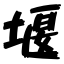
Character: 堰